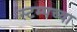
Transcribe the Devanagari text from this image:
स्टम्पच्या